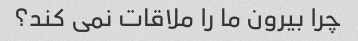
چرا بیرون ما را ملاقات نمی کند؟